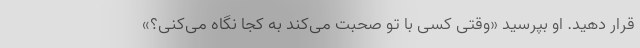
قرار دهید. او بپرسید «وقتی کسی با تو صحبت می‌کند به کجا نگاه می‌کنی؟»